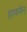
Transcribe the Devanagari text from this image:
हाफमैन